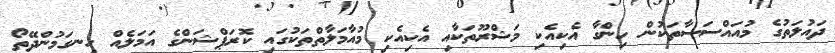
ދައުލަތުގެ މުއައްސަސާތަކުން ހިންގާ އެކިއެކި މަޝްރޫތަކާއި އެކިއެކި މުއާމަލާތްތަކުގައި ކޮރަޕްޝަންގެ އަމަލެއް ހިނގަމުންދޭތޯ